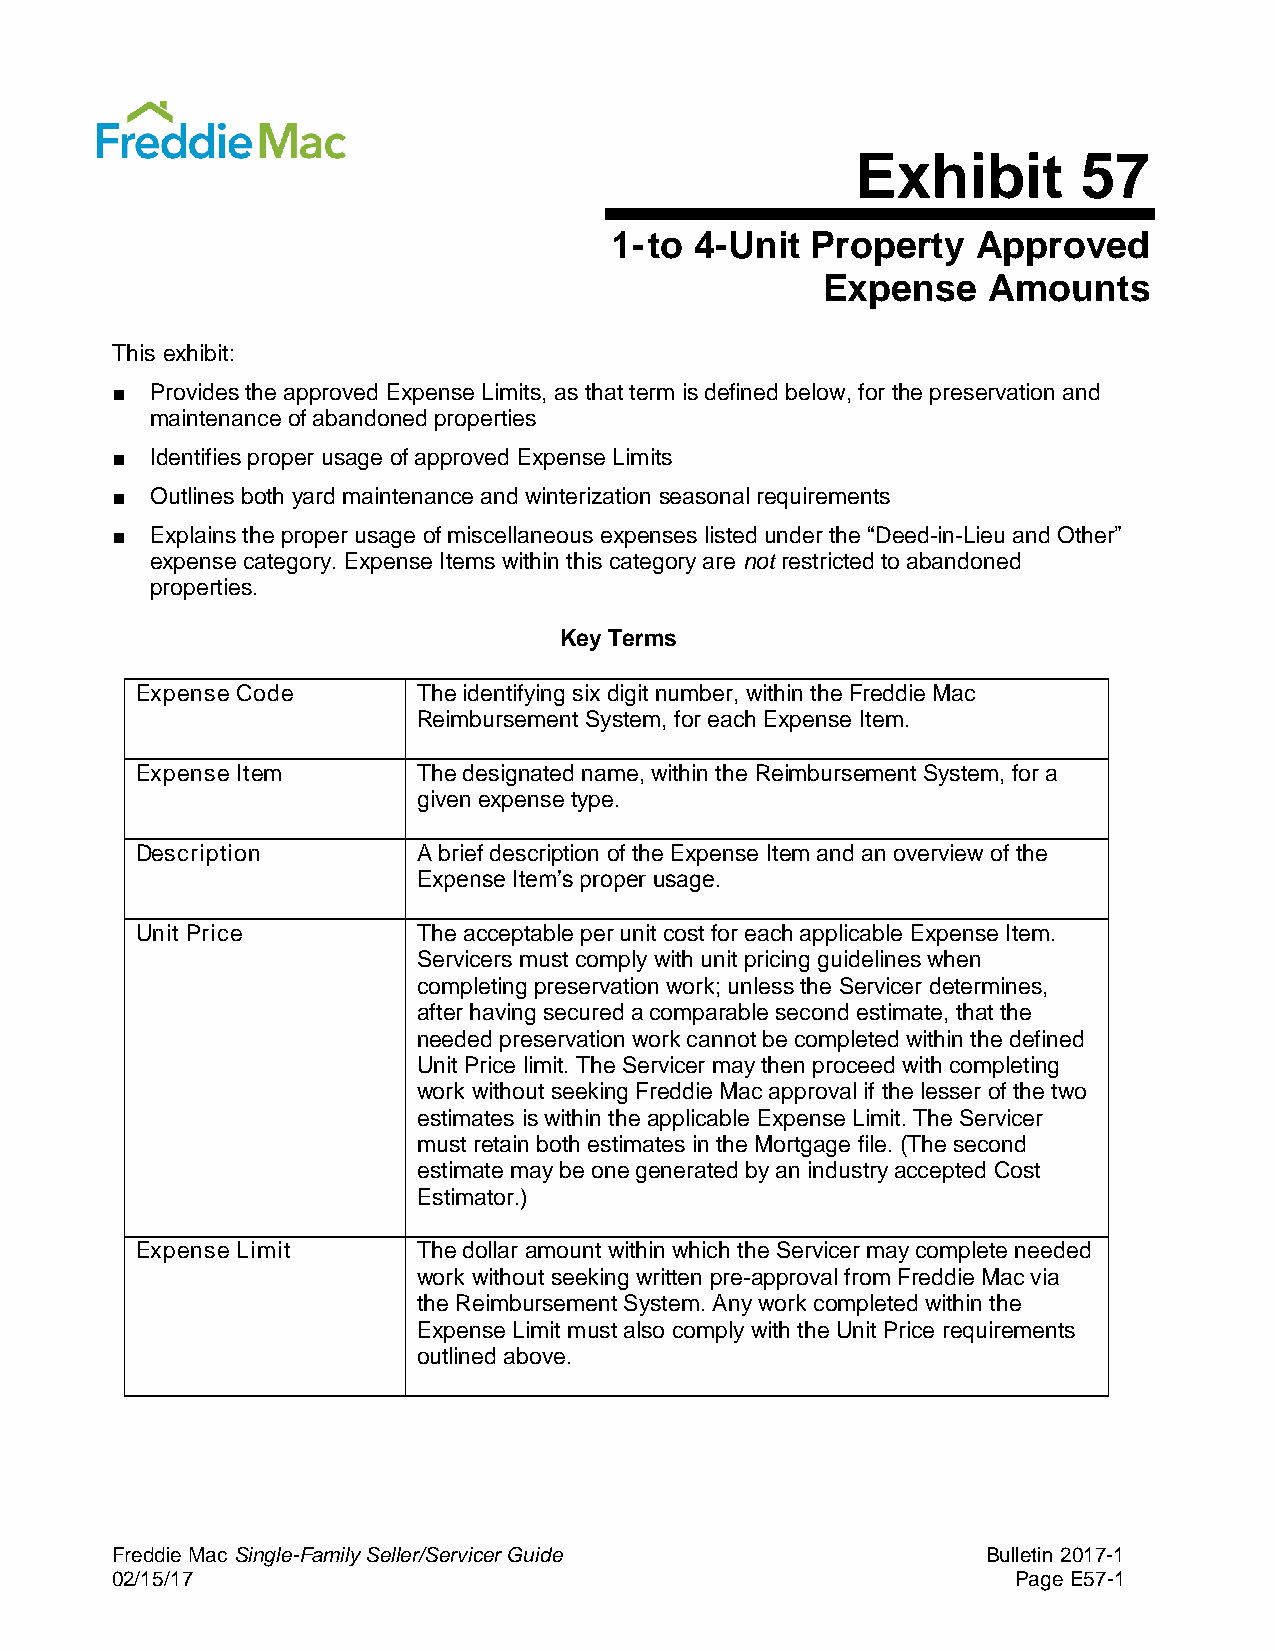
Exhibit        57
 1- to 4-Unit  Property   Approved
 Expense   Amounts
 This exhibit:
 ■  Provides the approved Expense Limits, as that term is defined below, for the preservation and
 maintenance of abandoned properties
 ■  Identifies proper usage of approved Expense Limits
 ■  Outlines both yard maintenance and winterization seasonal requirements
 ■  Explains the proper usage of miscellaneous expenses listed under the “Deed-in-Lieu and Other”
 expense category. Expense Items within this category are not restricted to abandoned
 properties.
 Key Terms
 Expense Code       The identifying six digit number, within the Freddie Mac
 Reimbursement System, for each Expense Item.
 Expense Item       The designated name, within the Reimbursement System, for a
 given expense type.
 Description        A brief description of the Expense Item and an overview of the
 Expense Item’s proper usage.
 Unit Price         The acceptable per unit cost for each applicable Expense Item.
 Servicers must comply with unit pricing guidelines when
 completing preservation work; unless the Servicer determines,
 after having secured a comparable second estimate, that the
 needed preservation work cannot be completed within the defined
 Unit Price limit. The Servicer may then proceed with completing
 work without seeking Freddie Mac approval if the lesser of the two
 estimates is within the applicable Expense Limit. The Servicer
 must retain both estimates in the Mortgage file. (The second
 estimate may be one generated by an industry accepted Cost
 Estimator.)
 Expense Limit      The dollar amount within which the Servicer may complete needed
 work without seeking written pre-approval from Freddie Mac via
 the Reimbursement System. Any work completed within the
 Expense Limit must also comply with the Unit Price requirements
 outlined above.
 Freddie Mac Single-Family Seller/Servicer Guide           Bulletin 2017-1
 02/15/17                                                    Page E57-1